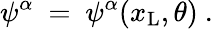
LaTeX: \psi^{\alpha}\ =\ \psi^{\alpha}(x_{\mathrm{L}},\theta)\ .